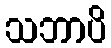
သဘာပိ